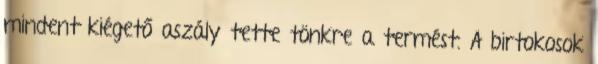
mindent kiégető aszály tette tönkre a termést. A birtokosok